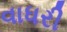
વાધરી